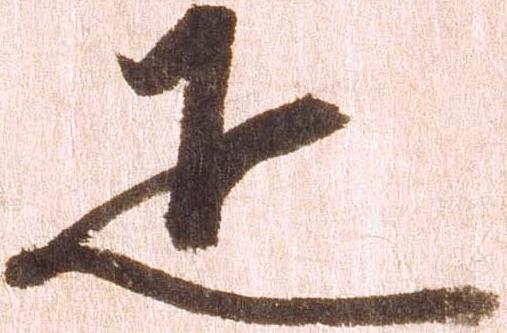
疋